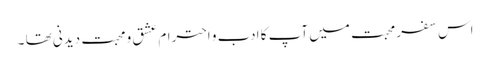
اس سفر محبت میں آپ کا ادب و احترام عشق و محبت دیدنی تھا ۔